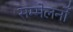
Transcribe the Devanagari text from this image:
सम्मेलनोँ